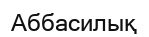
Аббасилық